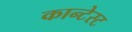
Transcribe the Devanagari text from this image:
कान्टेस्ट